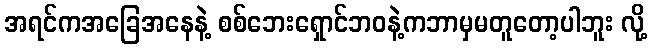
အရင်ကအခြေအနေနဲ့ စစ်ဘေးရှောင်ဘဝနဲ့ကဘာမှမတူတော့ပါဘူး လို့